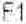
F1